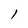
Character: l